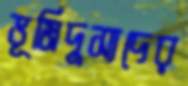
ভূমিদুস্যদের